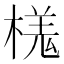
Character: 𣘎